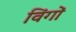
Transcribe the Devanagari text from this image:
विंगों